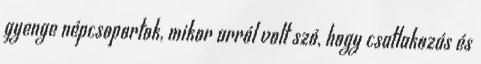
gyenge népcsoportok, mikor arról volt szó, hogy csatlakozás és